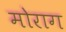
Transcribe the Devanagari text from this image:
मोराग